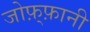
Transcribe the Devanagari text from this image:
जोफ़्फ़ानी